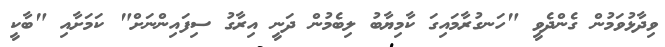
ވިދާޅުވަމުން ގެންދެވީ "ހަނގުރާމައިގަ ކާމިޔާބު ލިބެމުން ދަނީ އިރާގު ސިފައިންނަށް" ކަމަށާއި "ބާކީ